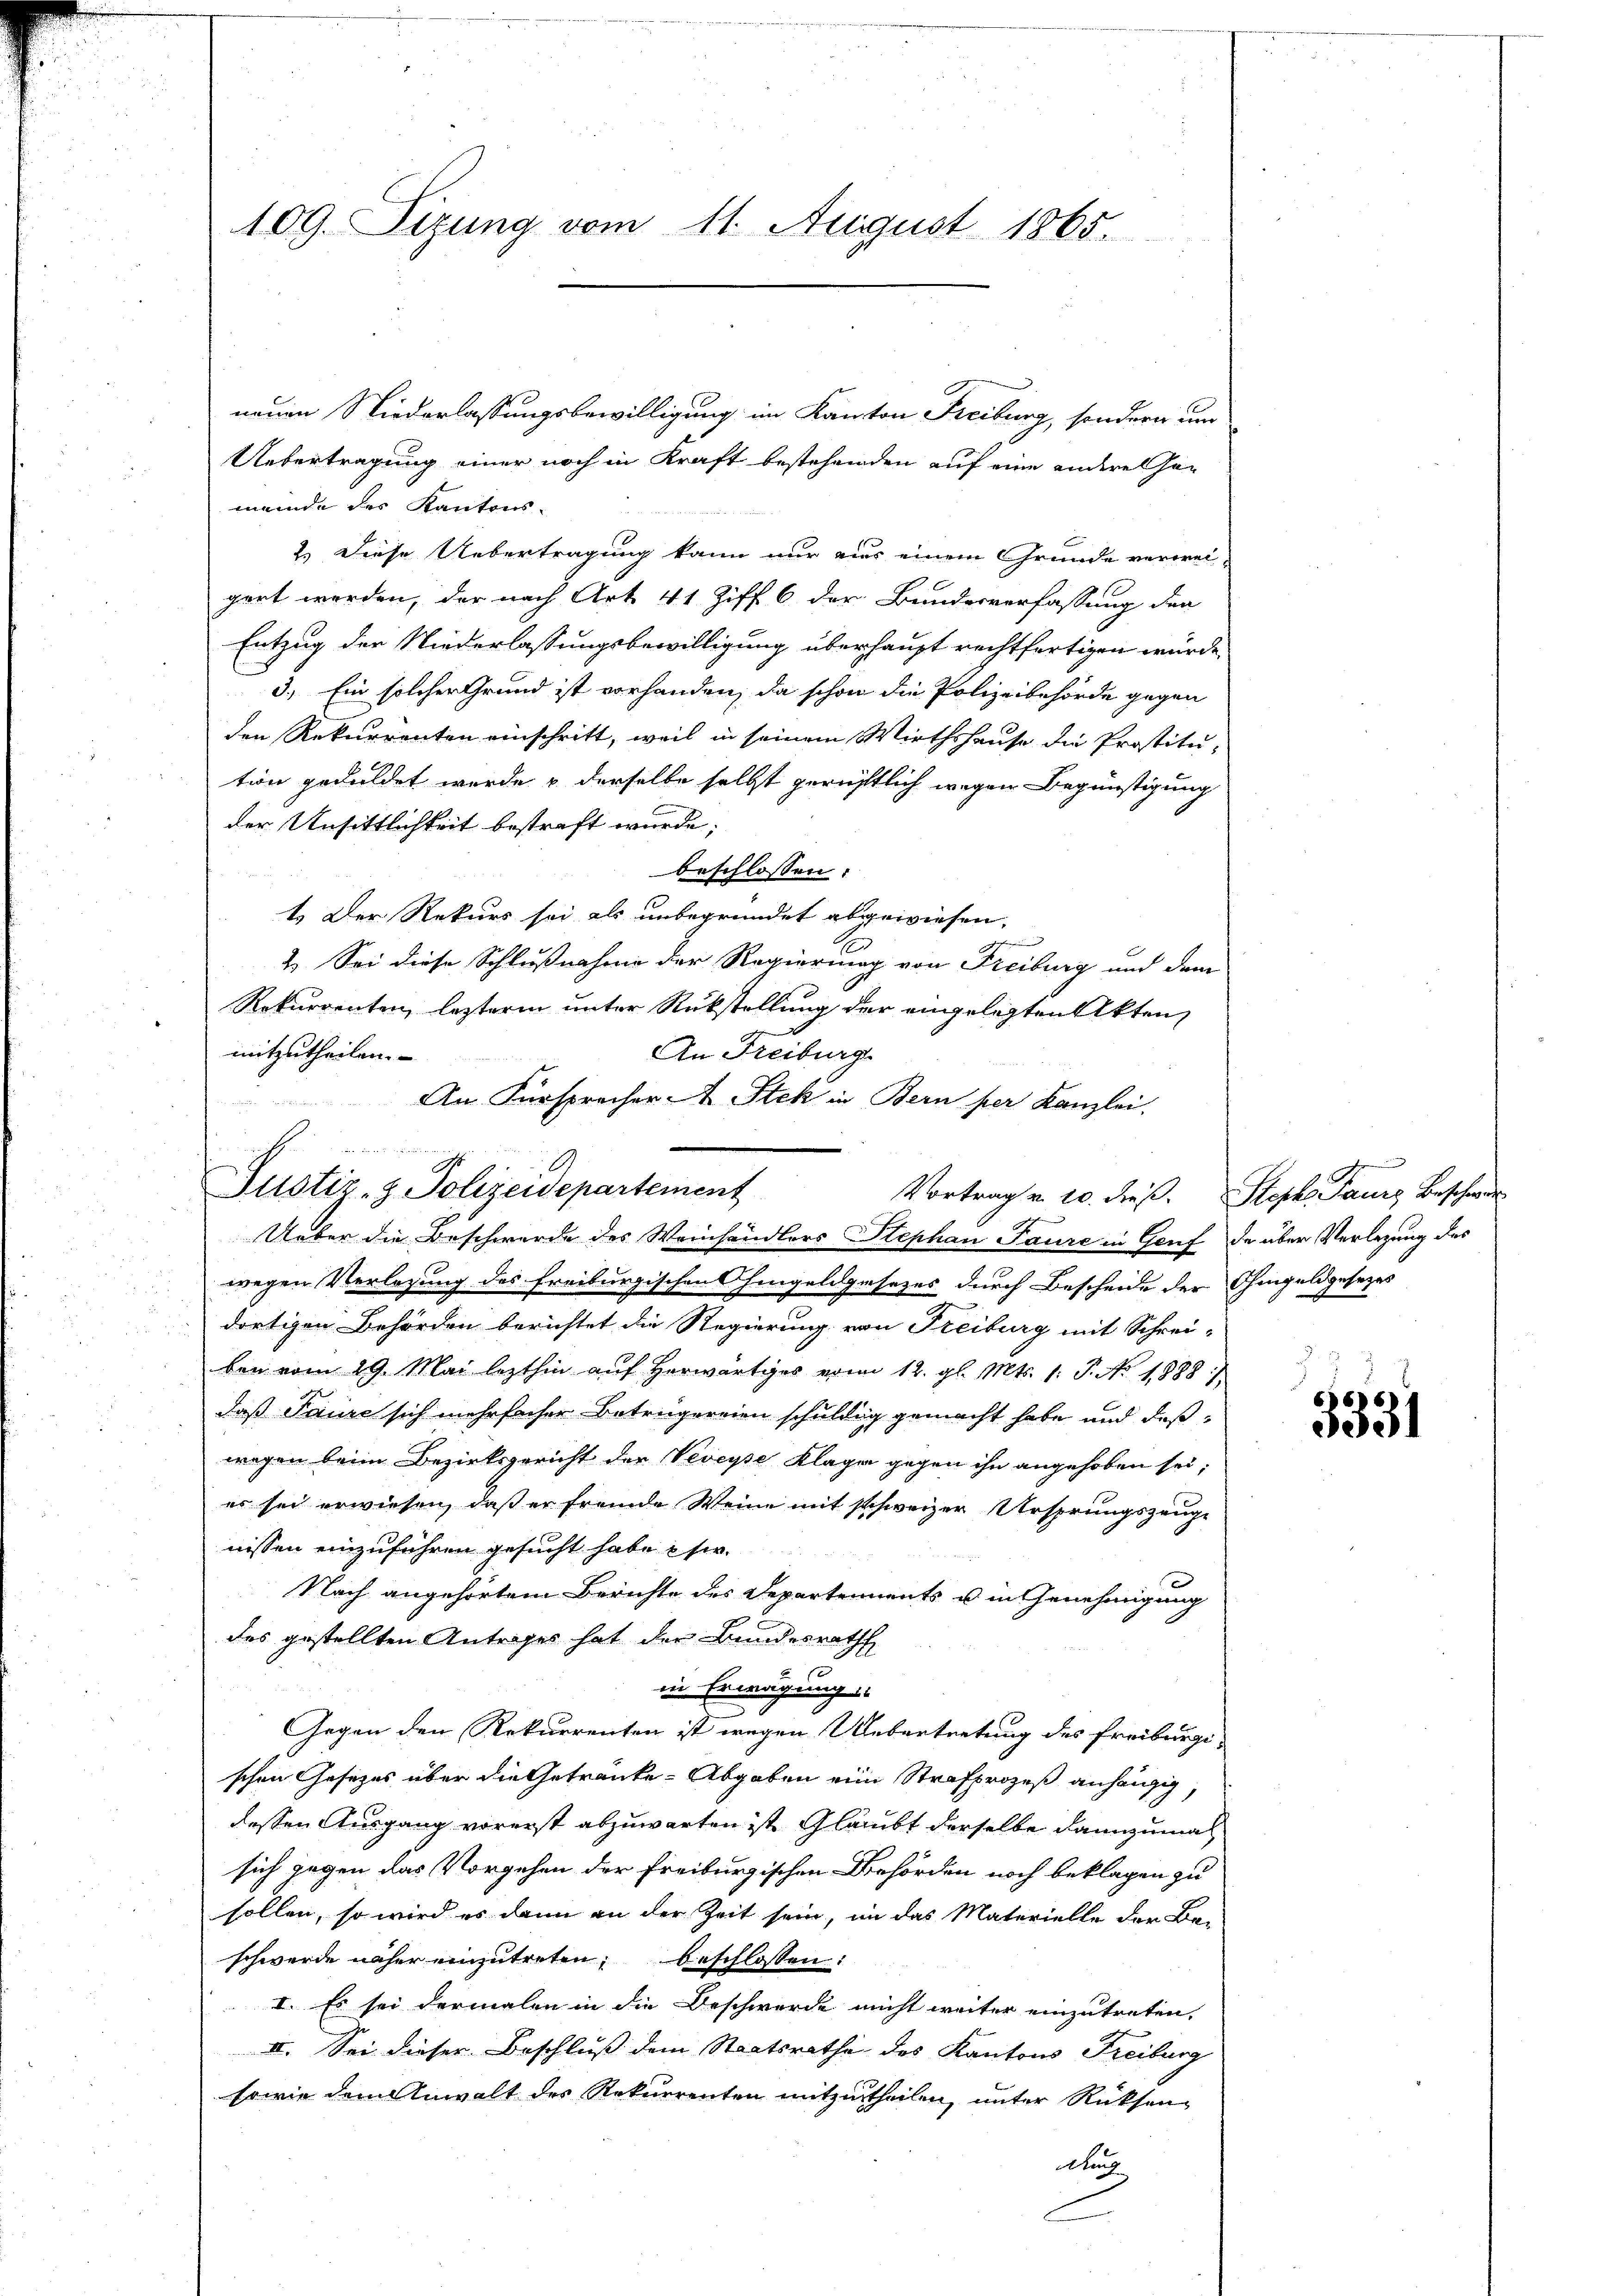
109. Sizung vom 11. August 1865.

neuen Niederlassungsbewilligung im Kanton Freiburg, sondern um
Uebertragung einer noch in Kraft bestehenden auf eine andere Han
meinde des Kantons-
2.) Diese Uebertragung kann nur ains einem Grunde verweigert werden, der nach Art. 41 Ziff. 6 der Bundesverfassung den
Entzug der Niederlassungsbewilligung überhaupt rechtfertigen würde,
3.) Ein solcher Grund ist vorhanden, da schon die Polizeibehörde gegen
den Rekurrenten einschritt, weil in seinem Wirthshause die Prostitution geduldet werde u. derselbe selbst gerichtlich wegen Begünstigung
der Unsittlichkeit bestraft wurde;
beschlossen:
1. Der Rekurs sei als unbegründet abgewiesen.
2. Sei diese Schlußnahme der Regierung von Freiburg und dem
Rekurrenten, lezterm unter Rückstellung der eingelegten Akten
mitzutheilen.
An Freiburg
wegen Verlegung des Freiburgischen hingeldgesetzes durch Bescheide der Ohmgeldgesetzes
 dortigen Behörden berichtet die Regierung von Freiburg mit Schrei-
ben vom 29. Mai lezthin auf herwärtiges vom 12. gl. Mts. 1. P. No. 1888 :/
daß Paure sich mehrfacher Betrugereien schuldig gemacht habe und deß-
wegen beim Bezirksgericht der Veveyse Klage gegen ihn angehoben sei;
es sei erwiesen, daß er fremde Weine mit schweizer Ursprungszeuge
nissen einzuführen gesucht habe sie
Nach angehörtem Berichte des Departements u in Genehmigung
des gestellten Antrages hat der Bundesrath
E
in Erwägung
Gegen den Rekurrenten ist wegen Uebertretung des Freiburgi-
schen Gesetzes über die Getränke. Abgaben eine Strafprozeß anhängig,
dessen Ausgang vorerst abzuwarten ist Glaubt derselbe dannzumal
sich gegen das Vorgehen der Freiburgischen Behörden noch beklagen zu
sollen, so wird es dann an der Zeit sein, in das Materielle der Be-
schwerde näher einzutreten, beschlossen:
I. Es sei dermalen in die Beschwerde nicht weiter einzutreten,
II. Sei dieser Beschluß dem Staatsrathe des Kantons Freiburg
sowie dem Anwalt des Rekurrenten mitzutheilen, unter Rücksendurch

An Fürsprecher A. Steh in Bern per Kanzlei.

Justiz- & Polizeidepartement
Ueber die Beschwerde des Weinhändlers Stephan Paure in Genf de über Verlegung des

Vortrag u. 10. dieß. Steph. Paurz beschwer

3331